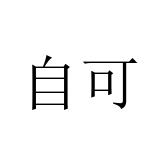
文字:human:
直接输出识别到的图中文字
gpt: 自可